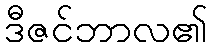
ဒီဇင်ဘာလ၏